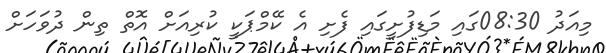
މިއަދު 08:30ގައި މަޑިފުށީގައި ފެށި އެ ކޭމްޕަކީ ކުރިއަށް އޮތް ތިން ދުވަހަށް